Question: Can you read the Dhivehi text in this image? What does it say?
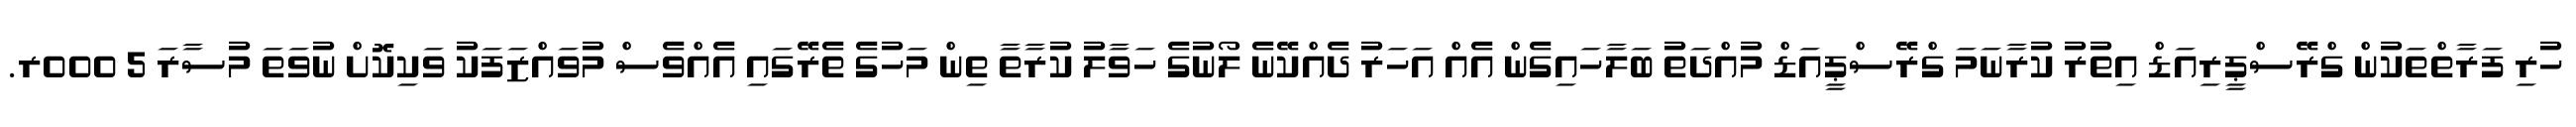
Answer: ހުރި ފަރާތްތަކުން ގްރޭސްޕީރިއަޑް އިތުރު ކުރާނަމަ ގްރޭސްޕީއަޑް މުއްދަތު ބަލާހައިގެން އެއް އަހަރު ދެއްކޭނެ ލޯނުގެ ހަވާލު ކުރާތާ ތިން މަހުގެ ތެރޭގައި އެއްވެސް މުވައްޒަފަކު ވަކިކޮށް ނުވަތަ މުސާރަ 5 000ރ.